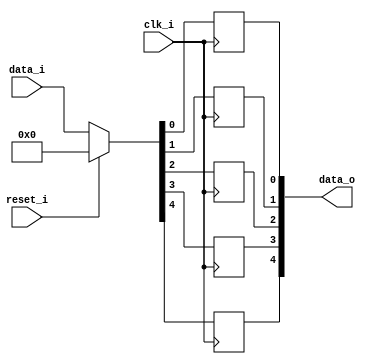
module bsg_dff_reset_05
(
  clk_i,
  reset_i,
  data_i,
  data_o
);

  input [4:0] data_i;
  output [4:0] data_o;
  input clk_i;
  input reset_i;
  wire [4:0] data_o;
  wire N0,N1,N2,N3,N4,N5,N6,N7;
  reg data_o_4_sv2v_reg,data_o_3_sv2v_reg,data_o_2_sv2v_reg,data_o_1_sv2v_reg,
  data_o_0_sv2v_reg;
  assign data_o[4] = data_o_4_sv2v_reg;
  assign data_o[3] = data_o_3_sv2v_reg;
  assign data_o[2] = data_o_2_sv2v_reg;
  assign data_o[1] = data_o_1_sv2v_reg;
  assign data_o[0] = data_o_0_sv2v_reg;

  always @(posedge clk_i) begin
    if(1'b1) begin
      data_o_4_sv2v_reg <= N7;
    end 
  end


  always @(posedge clk_i) begin
    if(1'b1) begin
      data_o_3_sv2v_reg <= N6;
    end 
  end


  always @(posedge clk_i) begin
    if(1'b1) begin
      data_o_2_sv2v_reg <= N5;
    end 
  end


  always @(posedge clk_i) begin
    if(1'b1) begin
      data_o_1_sv2v_reg <= N4;
    end 
  end


  always @(posedge clk_i) begin
    if(1'b1) begin
      data_o_0_sv2v_reg <= N3;
    end 
  end

  assign { N7, N6, N5, N4, N3 } = (N0)? { 1'b0, 1'b0, 1'b0, 1'b0, 1'b0 } : 
                                  (N1)? data_i : 1'b0;
  assign N0 = reset_i;
  assign N1 = N2;
  assign N2 = ~reset_i;

endmodule